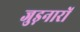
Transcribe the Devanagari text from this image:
जुड़नारों